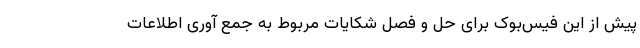
پیش از این فیس‌بوک برای حل و فصل شکایات مربوط به جمع آوری اطلاعات